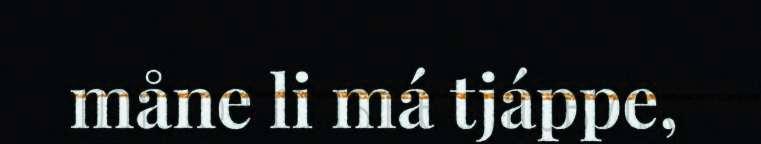
måne li má tjáppe,